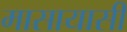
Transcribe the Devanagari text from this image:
मासायासी